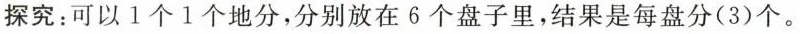
探究：可以1个1个地分，分别放在6个盘子里，结果是每盘分(3)个。